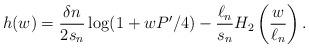
LaTeX: \begin{align*}h(w) = \frac{\delta n}{2 s_n} \log (1 + w P'/4) - \frac{\ell_n}{s_n} H_2 \left( \frac{w}{\ell_n} \right).\end{align*}